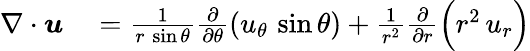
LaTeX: \begin{array}{rl}{\nabla\cdot{\boldsymbol{u}}}&{{}={\frac{1}{r\, \sin\theta}}{\frac{\partial}{\partial\theta}}(u_{\theta}\, \sin\theta)+{\frac{1}{r^{2}}}{\frac{\partial}{\partial r}}{\Bigl(}r^{2}\, u_{r}{\Bigr)}}\end{array}